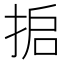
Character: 𰓸